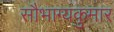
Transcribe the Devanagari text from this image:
सौभाग्यकुमार